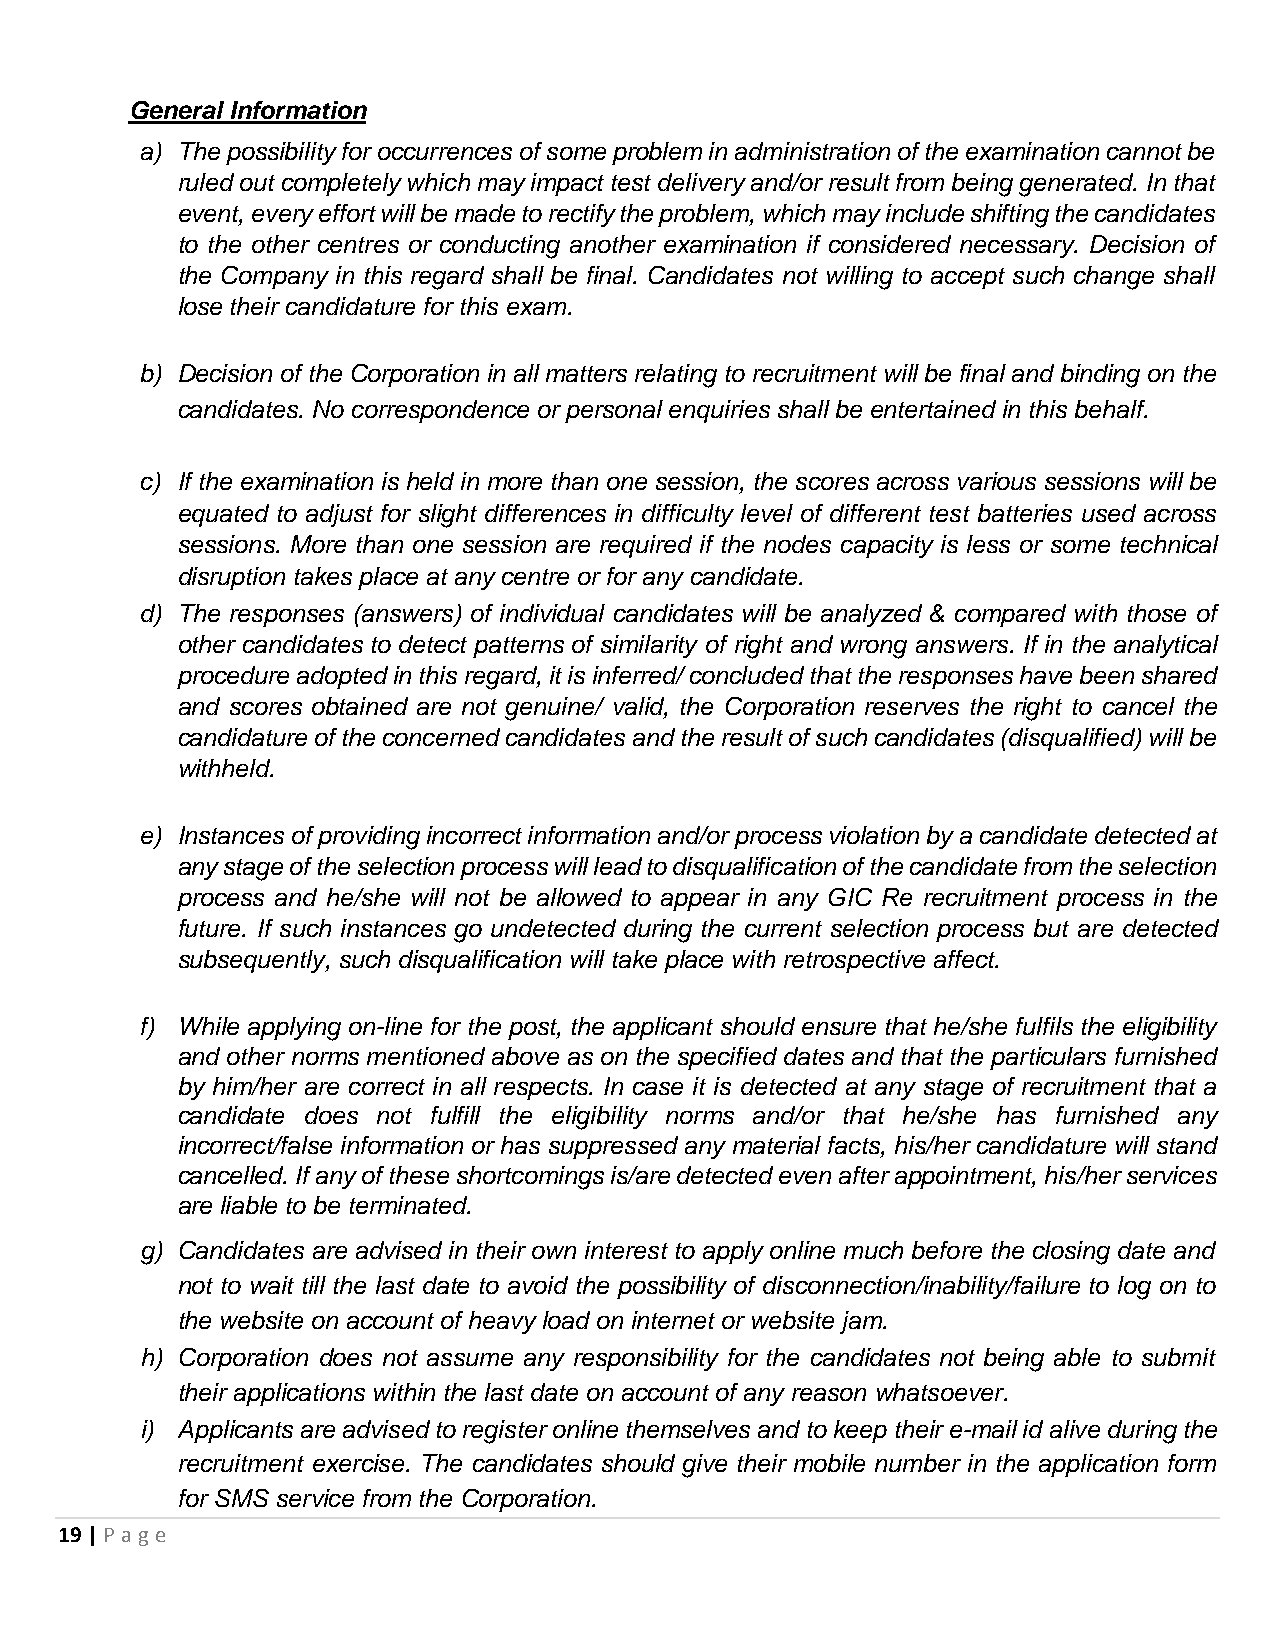
General Information
 a) The possibility for occurrences of some problem in administration of the examination cannot be
 ruled out completely which may impact test delivery and/or result from being generated. In that
 event, every effort will be made to rectify the problem, which may include shifting the candidates
 to the other centres or conducting another examination if considered necessary. Decision of
 the Company in this regard shall be final. Candidates not willing to accept such change shall
 lose their candidature for this exam.
 b) Decision of the Corporation in all matters relating to recruitment will be final and binding on the
 candidates. No correspondence or personal enquiries shall be entertained in this behalf.
 c) If the examination is held in more than one session, the scores across various sessions will be
 equated to adjust for slight differences in difficulty level of different test batteries used across
 sessions. More than one session are required if the nodes capacity is less or some technical
 disruption takes place at any centre or for any candidate.
 d) The responses (answers) of individual candidates will be analyzed & compared with those of
 other candidates to detect patterns of similarity of right and wrong answers. If in the analytical
 procedure adopted in this regard, it is inferred/ concluded that the responses have been shared
 and scores obtained are not genuine/ valid, the Corporation reserves the right to cancel the
 candidature of the concerned candidates and the result of such candidates (disqualified) will be
 withheld.
 e) Instances of providing incorrect information and/or process violation by a candidate detected at
 any stage of the selection process will lead to disqualification of the candidate from the selection
 process and he/she will not be allowed to appear in any GIC Re recruitment process in the
 future. If such instances go undetected during the current selection process but are detected
 subsequently, such disqualification will take place with retrospective affect.
 f) While applying on-line for the post, the applicant should ensure that he/she fulfils the eligibility
 and other norms mentioned above as on the specified dates and that the particulars furnished
 by him/her are correct in all respects. In case it is detected at any stage of recruitment that a
 candidate does not fulfill the eligibility norms and/or that he/she has furnished any
 incorrect/false information or has suppressed any material facts, his/her candidature will stand
 cancelled. If any of these shortcomings is/are detected even after appointment, his/her services
 are liable to be terminated.
 g) Candidates are advised in their own interest to apply online much before the closing date and
 not to wait till the last date to avoid the possibility of disconnection/inability/failure to log on to
 the website on account of heavy load on internet or website jam.
 h) Corporation does not assume any responsibility for the candidates not being able to submit
 their applications within the last date on account of any reason whatsoever.
 i) Applicants are advised to register online themselves and to keep their e-mail id alive during the
 recruitment exercise. The candidates should give their mobile number in the application form
 for SMS service from the Corporation.
 19 | P age